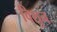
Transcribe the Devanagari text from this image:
विशुन